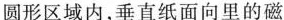
圆形区域内，垂直纸面向里的磁